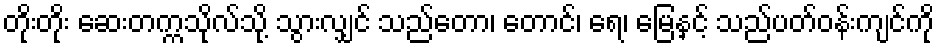
တိုးတိုး ဆေးတက္ကသိုလ်သို့ သွားလျှင် သည်တော၊ တောင်၊ ရေ၊ မြေနှင့် သည်ပတ်ဝန်းကျင်ကို